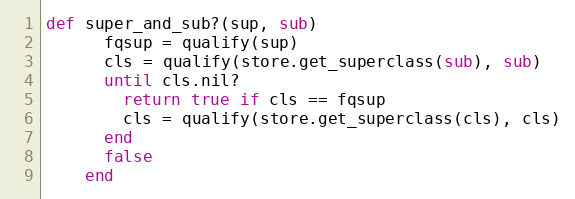
Language: Ruby
def super_and_sub?(sup, sub)
      fqsup = qualify(sup)
      cls = qualify(store.get_superclass(sub), sub)
      until cls.nil?
        return true if cls == fqsup
        cls = qualify(store.get_superclass(cls), cls)
      end
      false
    end